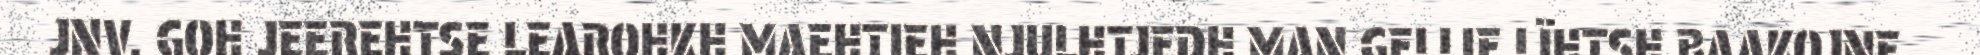
JNV. GOH JEEREHTSE LEAROHKH MAEHTIEH NJULHTJEDH MAN GELLIE LÏHTSH BAAKOJNE.